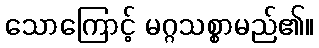
သောကြောင့် မဂ္ဂသစ္စာမည်၏။